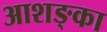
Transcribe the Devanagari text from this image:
आशङ्का